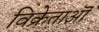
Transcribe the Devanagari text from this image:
विक्रेताऒं